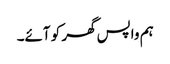
ہم واپس گھر کو آئے۔